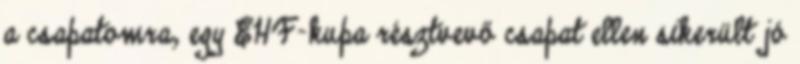
a csapatomra, egy EHF-kupa résztvevő csapat ellen sikerült jó